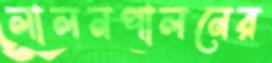
লালনপালনের